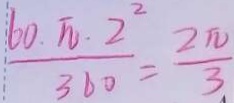
\frac { 6 0 . \pi . 2 ^ { 2 } } { 3 6 0 } = \frac { 2 \pi } { 3 }